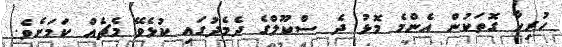
ހުރިހާ ގޮތަކުން އެންމެ މޮޅު ދެ ސްކޫލްގެ ދެމެދުގައި ކުޅެވޭ މެޗެއް ކަމަށެވެ.